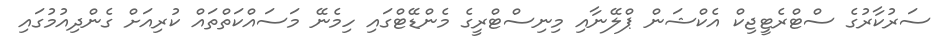
ސަރުކާރުގެ ސްޓްރެޓީޖިކް އެކްޝަން ޕްލޭނާއި މިނިސްޓްރީގެ މެންޑޭޓްގައި ހިމެނޭ މަސައްކަތްތައް ކުރިއަށް ގެންދިއުމުގައި